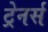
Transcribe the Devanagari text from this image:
ट्रेनर्स